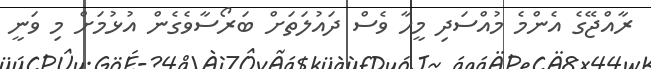
ރާއްޖޭގެ އެންމެ މުއްސަދި މީހާ ވެސް ދައުލަތަށް ބަރޯސާވެގެން އުޅުމަށް މި ވަނީ